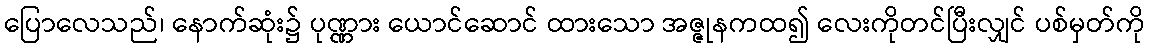
ပြောလေသည်၊ နောက်ဆုံး၌ ပုဏ္ဏား ယောင်ဆောင် ထားသော အဇ္ဇုနကထ၍ လေးကိုတင်ပြီးလျှင် ပစ်မှတ်ကို